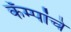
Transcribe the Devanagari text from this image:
कॅम्पांचे